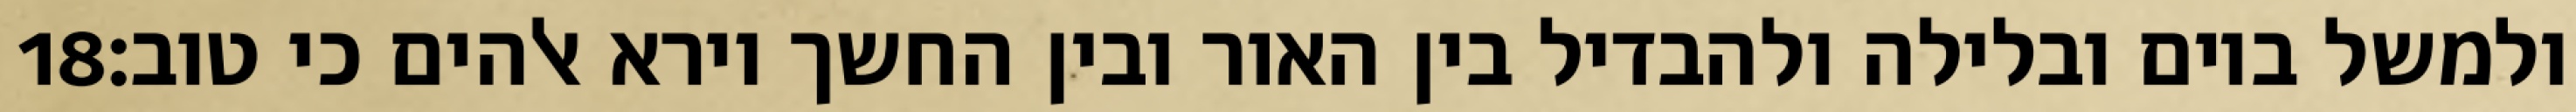
‎18‏ ולמשל ביום ובלילה ולהבדיל בין האור ובין החשך וירא אלהים כי טוב׃